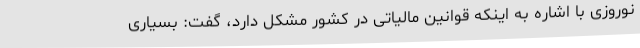
نوروزی با اشاره به اینکه قوانین مالیاتی در کشور مشکل دارد، گفت: بسیاری